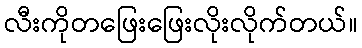
လီးကိုတဖြေးဖြေးလိုးလိုက်တယ်။